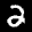
Label: 2